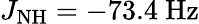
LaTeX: J_{\mathrm{NH}}=-73.4~\mathrm{Hz}